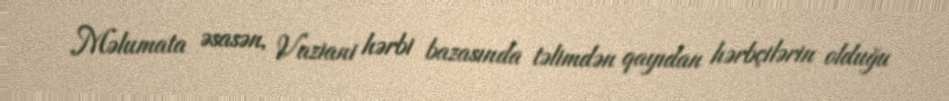
Məlumata əsasən, Vaziani hərbi bazasında təlimdən qayıdan hərbçilərin olduğu